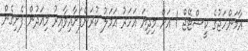
އާމަންހަޖުގެ ކީސްޓޭޖް 1 އަށް މިދިޔަ އަހަރު އަމަލު ކުރަންފަށާއިވާއިރު މިއަދުން ފެށިގެން